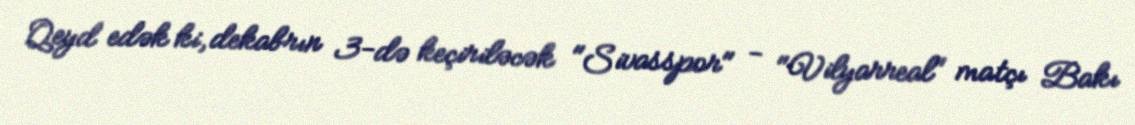
Qeyd edək ki, dekabrın 3-də keçiriləcək "Sivasspor" - "Vilyarreal" matçı Bakı